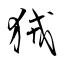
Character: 狨